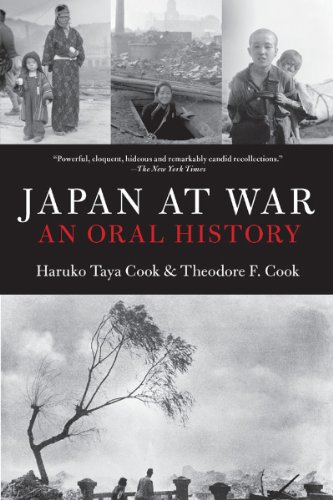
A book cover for Japan at War: An Oral History; Haruko Taya Cook; Biographies & Memoirs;